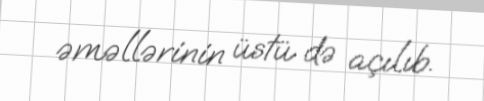
əməllərinin üstü də açılıb.